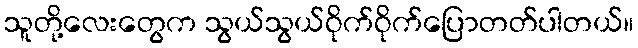
သူတို့လေးတွေက သွယ်သွယ်ဝိုက်ဝိုက်ပြောတတ်ပါတယ်။